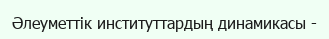
Әлеуметтік институттардың динамикасы -